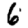
Digit: 6